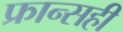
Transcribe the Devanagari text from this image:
फ्रान्सही